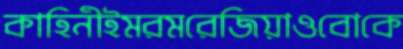
কাহিনীইমরমরেজিয়াওবোকে